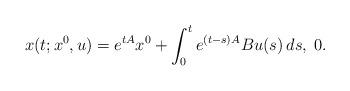
LaTeX: \begin{align*}x(t;x^{0},u) = e^{tA}x^{0} + \int_0^t e^{(t-s)A}Bu(s)\,ds,\; 0\let\le \tau. \end{align*}